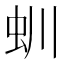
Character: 𧈶